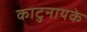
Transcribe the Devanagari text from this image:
काटुनायके